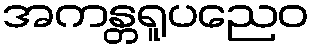
အကန္တရူပညေဝ